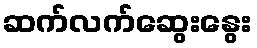
ဆက်လက်ဆွေးနွေး